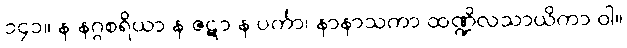
၁၄၁။ န နဂ္ဂစရိယာ န ဇဋာ န ပင်္ကာ၊ နာနာသကာ ထဏ္ဍိလသာယိကာ ဝါ။